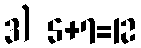
3) 5+7=12